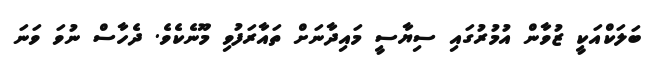
ބަލަކްއަކީ ޒުވާން އުމުރުގައި ސިޔާސީ މައިދާނަށް ތައާރަފުވި މޫނެކެވެ. ދެހާސް ނުވަ ވަނަ